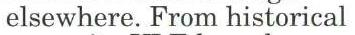
 elsewhere. From historical